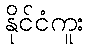
နိုင်ငံကူး